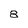
Character: 8